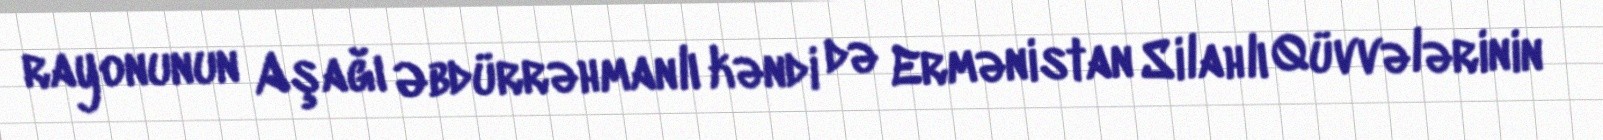
rayonunun Aşağı Əbdürrəhmanlı kəndi də Ermənistan Silahlı Qüvvələrinin